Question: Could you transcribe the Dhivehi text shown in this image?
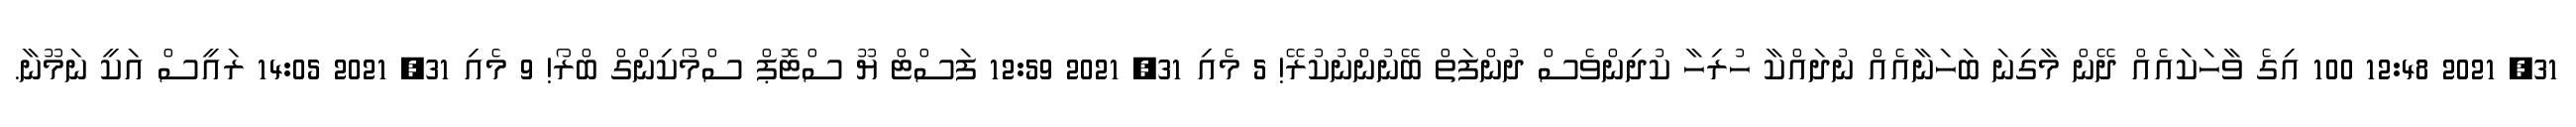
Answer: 31, 2021 12:48 100 އިގެ ވާހަކައެއް ދޭން މާގިނަ ބަހަނާއެއް ނުދައްކާ ހުރިހާ ކުދިންވެސް ދުންފަތް ބޭނުންނުކުރޭ! 5 މެއި 31, 2021 12:59 ފަސްޓް ޔޫ ސްޓޮޕް ސްމޯކިންގް ބްރޯ! 9 މެއި 31, 2021 14:05 ރައީސް އަކީ ނަމޫނާ.